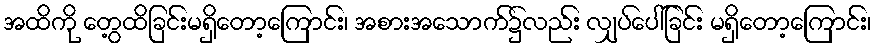
အထိကို တွေ့ထိခြင်းမရှိတော့ကြောင်း၊ အစားအသောက်၌လည်း လျှပ်ပေါ်ခြင်း မရှိတော့ကြောင်း၊